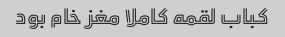
کباب لقمه کاملا مغز خام بود